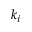
k _ { i }